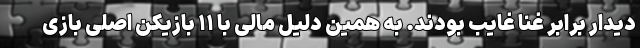
دیدار برابر غنا غایب بودند. به همین دلیل مالی با ۱۱ بازیکن اصلی بازی